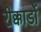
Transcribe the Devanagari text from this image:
रीक्कार्डो